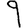
Digit: 9